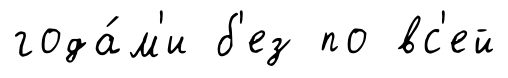
года́м'и б'ез по вс'ей